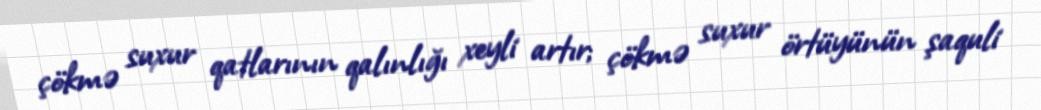
çökmə suxur qatlarının qalınlığı xeyli artır; çökmə suxur örtüyünün şaquli